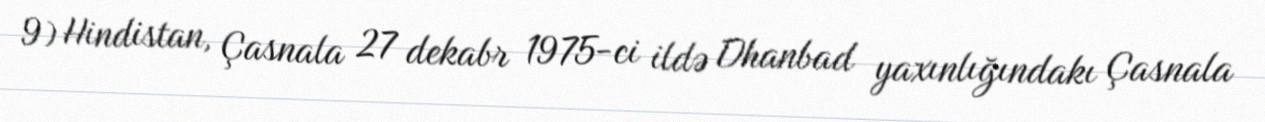
9) Hindistan, Çasnala 27 dekabr 1975-ci ildə Dhanbad yaxınlığındakı Çasnala